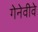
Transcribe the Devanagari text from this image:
गेनेवीवे